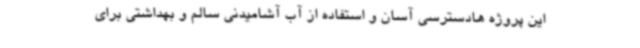
این پروژه هادسترسی آسان و استفاده از آب آشامیدنی سالم و بهداشتی برای